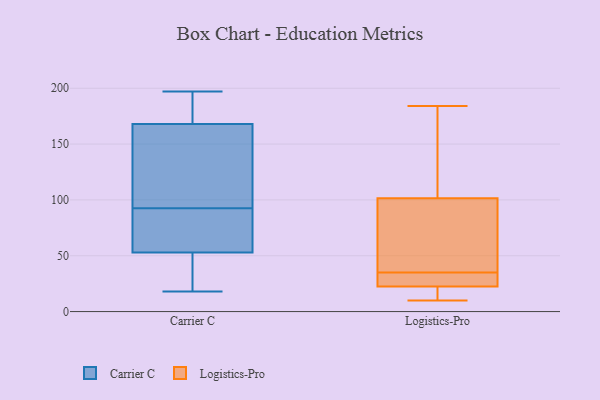
{"axis": {"x": "Waste Production (Tons)", "y": "Value"}, "legend": ["Carrier C", "Logistics-Pro"], "data": [{"x": "", "y": 98, "type": "Carrier C"}, {"x": "", "y": 168, "type": "Carrier C"}, {"x": "", "y": 74, "type": "Carrier C"}, {"x": "", "y": 188, "type": "Carrier C"}, {"x": "", "y": 182, "type": "Carrier C"}, {"x": "", "y": 197, "type": "Carrier C"}, {"x": "", "y": 168, "type": "Carrier C"}, {"x": "", "y": 46, "type": "Carrier C"}, {"x": "", "y": 30, "type": "Carrier C"}, {"x": "", "y": 53, "type": "Carrier C"}, {"x": "", "y": 87, "type": "Carrier C"}, {"x": "", "y": 107, "type": "Carrier C"}, {"x": "", "y": 73, "type": "Carrier C"}, {"x": "", "y": 83, "type": "Carrier C"}, {"x": "", "y": 166, "type": "Carrier C"}, {"x": "", "y": 42, "type": "Carrier C"}, {"x": "", "y": 18, "type": "Carrier C"}, {"x": "", "y": 164, "type": "Carrier C"}, {"x": "", "y": 97, "type": "Logistics-Pro"}, {"x": "", "y": 142, "type": "Logistics-Pro"}, {"x": "", "y": 24, "type": "Logistics-Pro"}, {"x": "", "y": 106, "type": "Logistics-Pro"}, {"x": "", "y": 21, "type": "Logistics-Pro"}, {"x": "", "y": 36, "type": "Logistics-Pro"}, {"x": "", "y": 34, "type": "Logistics-Pro"}, {"x": "", "y": 10, "type": "Logistics-Pro"}, {"x": "", "y": 20, "type": "Logistics-Pro"}, {"x": "", "y": 34, "type": "Logistics-Pro"}, {"x": "", "y": 184, "type": "Logistics-Pro"}, {"x": "", "y": 60, "type": "Logistics-Pro"}]}